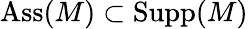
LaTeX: \operatorname{Ass}(M)\subset\operatorname{Supp}(M)